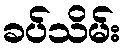
ခပ်သိမ်း